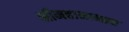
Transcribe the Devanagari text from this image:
श्रीमहानामव्रत